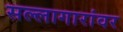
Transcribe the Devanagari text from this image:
सल्लागारांवर